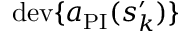
\mathrm { d e v } \{ a _ { \mathrm { P I } } ( s _ { k } ^ { \prime } ) \}